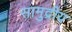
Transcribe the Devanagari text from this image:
सामुद्रीय